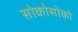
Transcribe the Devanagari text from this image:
सोकोसोको